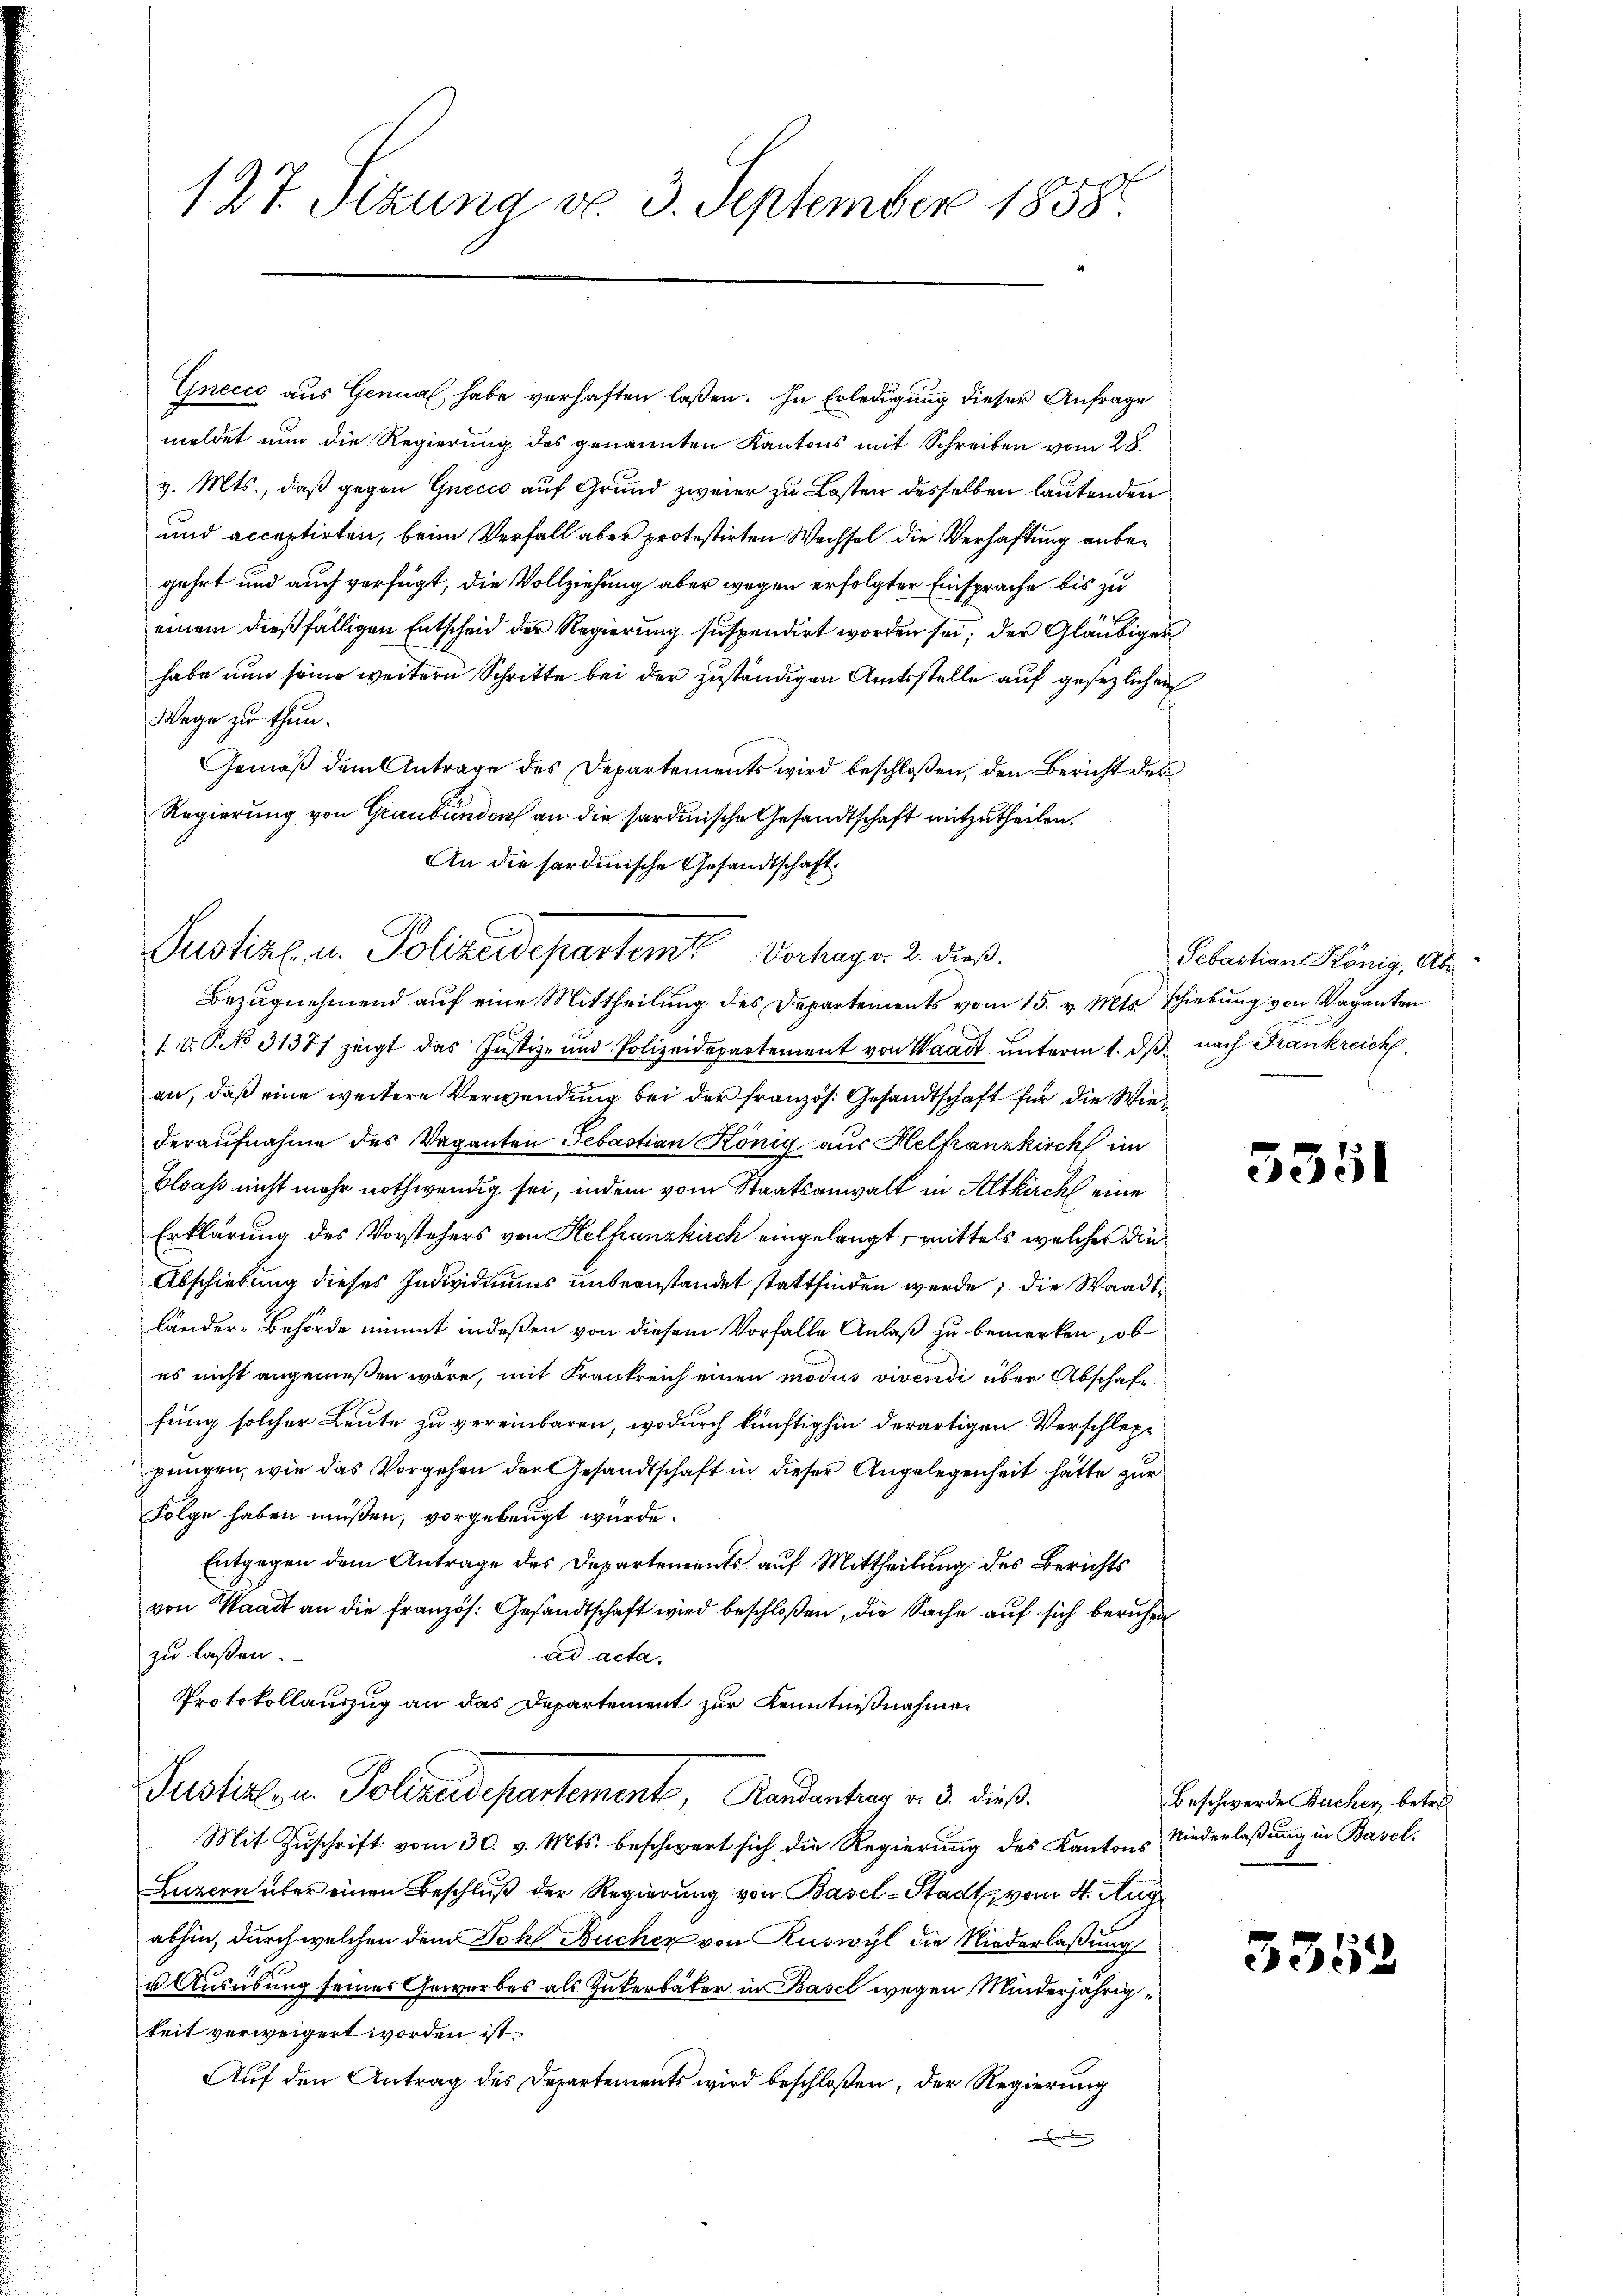
127. Sizung do. 3. September 1858

Gnecco aus Genual habe verhaften laßen. In Erledigung dieser Anfrage
meldet nun die Regierung des genannten Kantons mit Schreiben vom 28.
v. Mts., daß gegen Guecco auf Grund zweier zu Lasten desselben lautenden
und acceptirten, beim Verfall aber protestirten Wechsel die Verhaftung anbegehrt und auch verfügt, die Vollziehung aber wegen erfolgter Einsprache bis zu
einem dießfälligen Entscheid der Regierung suspendirt worden sei; der Gläubiger
habe nun seine weitern Schritte bei der zuständigen Amtsstelle auf gesezlichen
Wege zu thun.
Gemäß dem Antrage des Departements wird beschloßen, den Bericht der
Regierung von Graubünden an die sardinische Gesandtschaft mitzutheilen.
An die sardinische Gesandtschaft.

Justikel. in Polizeidepartemt Vorhange 2. dieß.

Bezugnehmend auf eine Mittheilung des Departements vom 15. v. Mts. schiebung von Vaganten
1 V. P. No 31377 zeigt das Justiz- und Polizeidepartement von Waadt unterm 1. dβ nach Frankreich
an, daß eine weitere Verwendung bei der französ. Gesandtschaft für die Wiederaufnahme des Vaganton Sebastian König aus Helfranzkirch im
Elsass nicht mehr nothwendig sei, indem vom Staatsanwalt in Altkirch eine
Erklärung des Vorstehers von Helfranzkirch eingelangt, mittels welcher die
Abschiebung dieses Individiums unbeanstandet stattfinden werde; die Waadt
länder-Behörde nimmt indeßen von diesem Vorfalle Anlaß zu bemerken, ob
es nicht angemeßen wäre, mit Frankreich einen modus vivendi über Abschaft
fung solcher Leute zu vereinbaren, wodurch künftighin derartigen Verschlepp
pungen, wie das Vorgehen der Gesandtschaft in dieser Angelegenheit hätte zur
Folge haben müßen, vorgebeugt würde.
Entgegen dem Antrage des Departements auf Mittheilung des Berichts
von Waadt an die französ. Gesandtschaft wird beschloßen, die Sache auf sich beruhen
zu laßen.
ad acta.
Protokollauszug an das Departement zur Kenntnißnahme
Justiz- u. Polizeidepartement, Randantrag v. 3. dieß.
Mit Zŭschrift vom 30. v. Mts. beschwert sich die Regierung des Kantons Niederlaßung in Basel,
Luzern über einen Beschluß der Regierung von Basel-Stadt, vom 4. Aug.
abhin, durch welchen dem Sohl Bucher von Ruswyl die Niederlaßung
u Ausübung seines Gewerbes als Zukerbäter in Basel wegen Minderjährigkeit verweigert worden ist.
Auf den Antrag des Departements wird beschloßen, der Regierung
d

Sebastian König, Abe

5551

Beschwerde Bucher, betref

3352